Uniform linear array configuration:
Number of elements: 12
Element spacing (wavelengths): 1
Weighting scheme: hamming
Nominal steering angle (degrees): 0
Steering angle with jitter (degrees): -1.414
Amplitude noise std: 0.05
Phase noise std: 0.05

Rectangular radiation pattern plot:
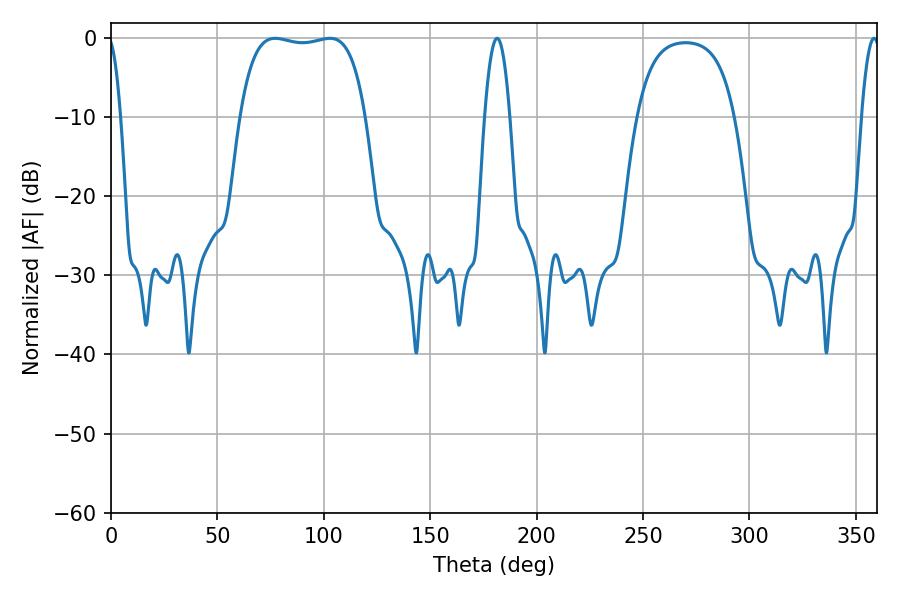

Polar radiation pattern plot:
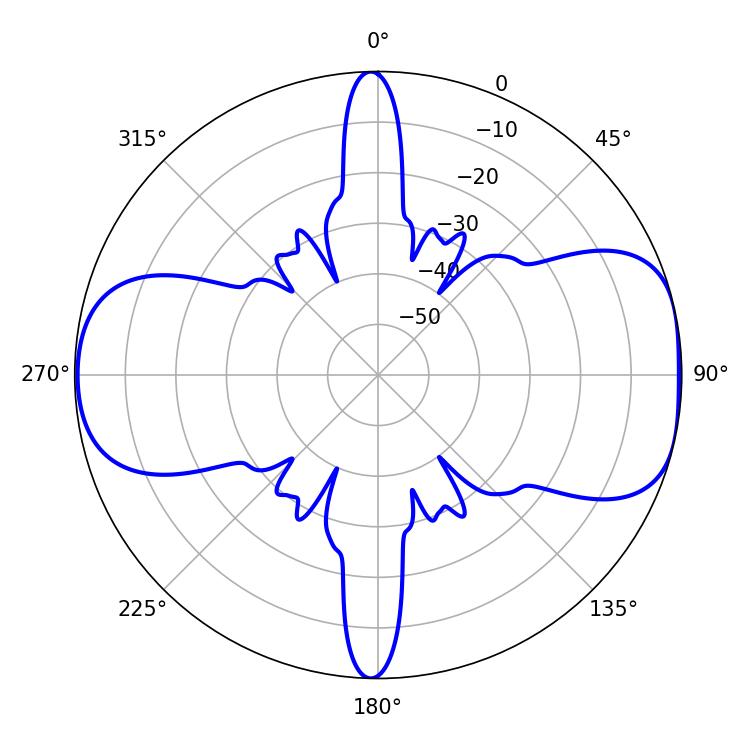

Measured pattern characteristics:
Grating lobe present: TRUE
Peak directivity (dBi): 8.361
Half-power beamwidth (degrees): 6.48
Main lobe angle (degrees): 181.44